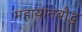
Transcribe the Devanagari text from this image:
महायानबौद्ध